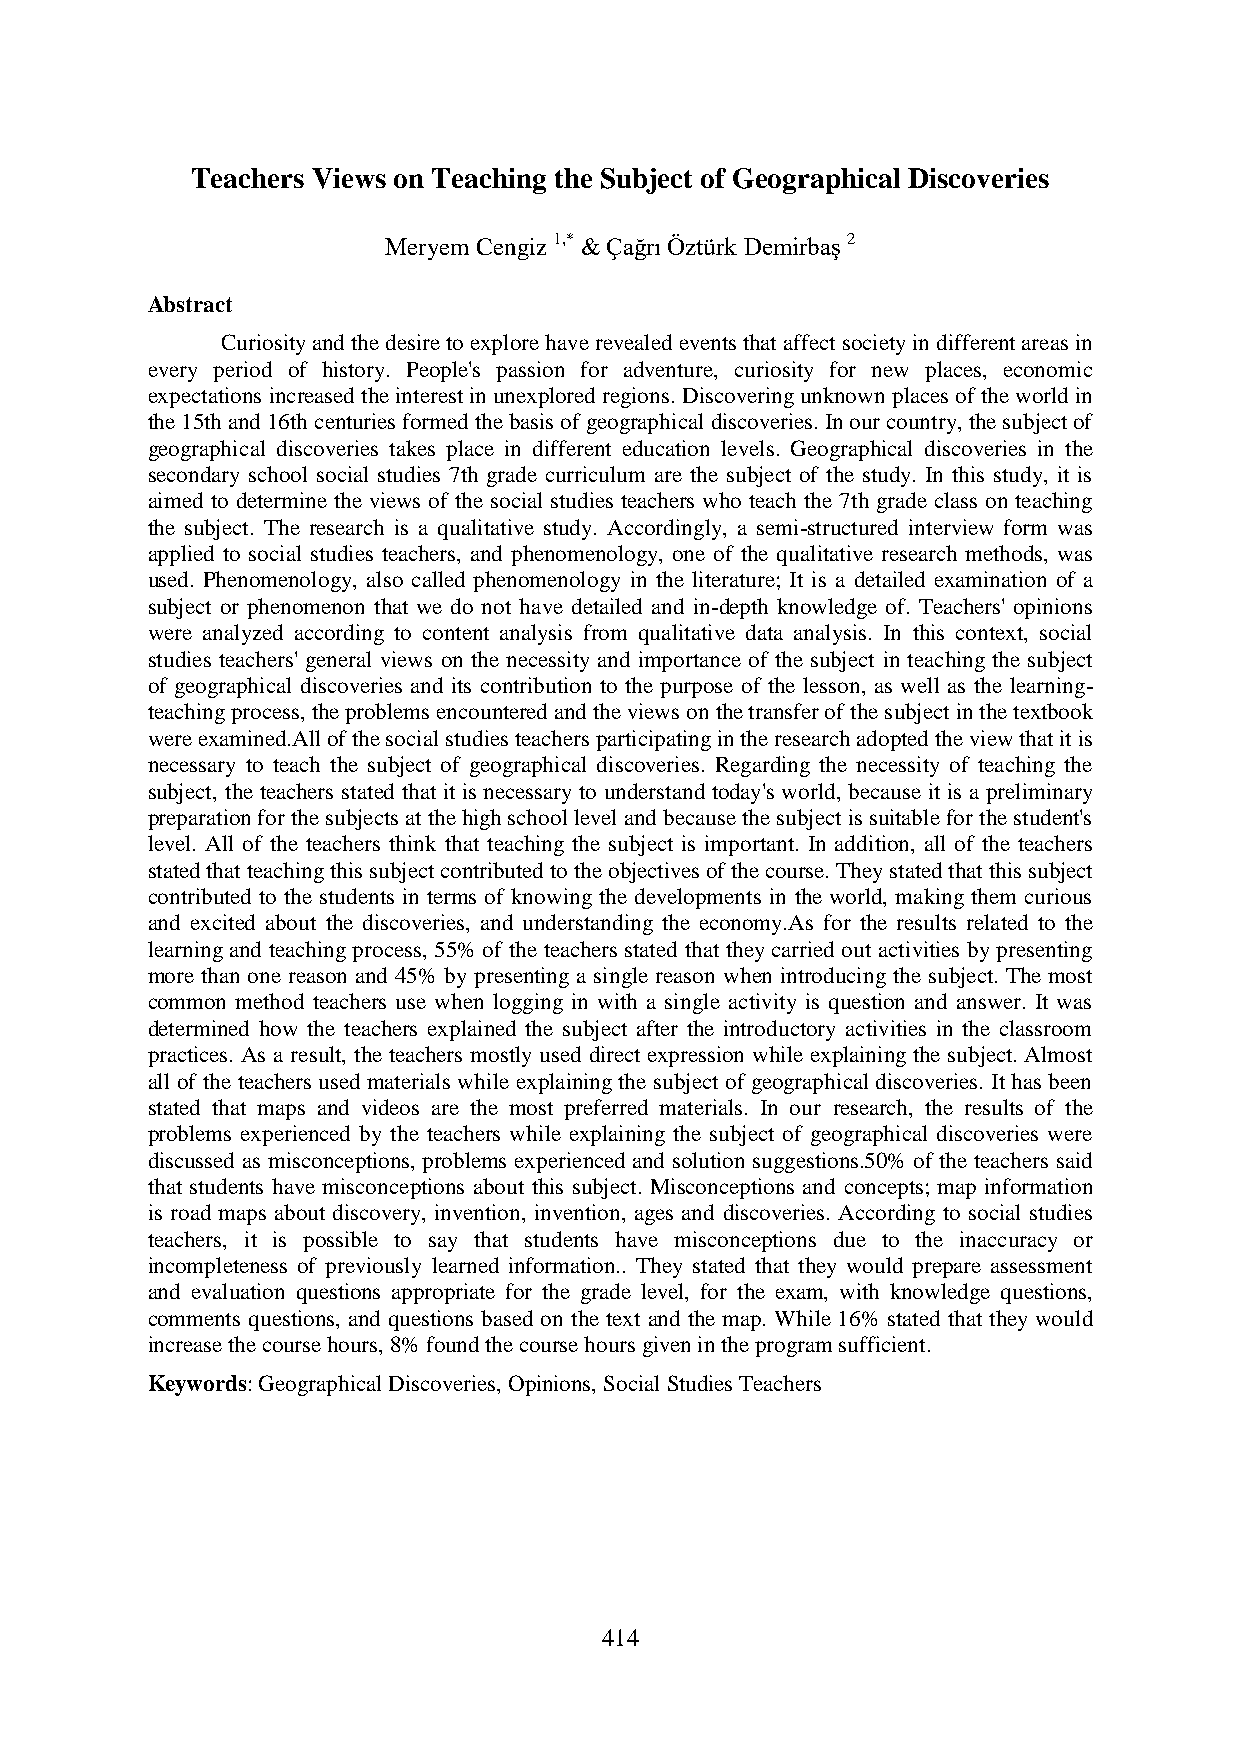
Teachers Views on Teaching the Subject of Geographical Discoveries
 Meryem Cengiz 1,* & Çağrı Öztürk Demirbaş 2
 Abstract
 Curiosity and the desire to explore have revealed events that affect society in different areas in
 every period of history. People's passion for adventure, curiosity for new places, economic
 expectations increased the interest in unexplored regions. Discovering unknown places of the world in
 the 15th and 16th centuries formed the basis of geographical discoveries. In our country, the subject of
 geographical discoveries takes place in different education levels. Geographical discoveries in the
 secondary school social studies 7th grade curriculum are the subject of the study. In this study, it is
 aimed to determine the views of the social studies teachers who teach the 7th grade class on teaching
 the subject. The research is a qualitative study. Accordingly, a semi-structured interview form was
 applied to social studies teachers, and phenomenology, one of the qualitative research methods, was
 used. Phenomenology, also called phenomenology in the literature; It is a detailed examination of a
 subject or phenomenon that we do not have detailed and in-depth knowledge of. Teachers' opinions
 were analyzed according to content analysis from qualitative data analysis. In this context, social
 studies teachers' general views on the necessity and importance of the subject in teaching the subject
 of geographical discoveries and its contribution to the purpose of the lesson, as well as the learning-
 teaching process, the problems encountered and the views on the transfer of the subject in the textbook
 were examined.All of the social studies teachers participating in the research adopted the view that it is
 necessary to teach the subject of geographical discoveries. Regarding the necessity of teaching the
 subject, the teachers stated that it is necessary to understand today's world, because it is a preliminary
 preparation for the subjects at the high school level and because the subject is suitable for the student's
 level. All of the teachers think that teaching the subject is important. In addition, all of the teachers
 stated that teaching this subject contributed to the objectives of the course. They stated that this subject
 contributed to the students in terms of knowing the developments in the world, making them curious
 and excited about the discoveries, and understanding the economy.As for the results related to the
 learning and teaching process, 55% of the teachers stated that they carried out activities by presenting
 more than one reason and 45% by presenting a single reason when introducing the subject. The most
 common method teachers use when logging in with a single activity is question and answer. It was
 determined how the teachers explained the subject after the introductory activities in the classroom
 practices. As a result, the teachers mostly used direct expression while explaining the subject. Almost
 all of the teachers used materials while explaining the subject of geographical discoveries. It has been
 stated that maps and videos are the most preferred materials. In our research, the results of the
 problems experienced by the teachers while explaining the subject of geographical discoveries were
 discussed as misconceptions, problems experienced and solution suggestions.50% of the teachers said
 that students have misconceptions about this subject. Misconceptions and concepts; map information
 is road maps about discovery, invention, invention, ages and discoveries. According to social studies
 teachers, it is possible to say that students have misconceptions due to the inaccuracy or
 incompleteness of previously learned information.. They stated that they would prepare assessment
 and evaluation questions appropriate for the grade level, for the exam, with knowledge questions,
 comments questions, and questions based on the text and the map. While 16% stated that they would
 increase the course hours, 8% found the course hours given in the program sufficient.
 Keywords: Geographical Discoveries, Opinions, Social Studies Teachers
 414